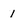
Character: 1